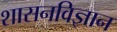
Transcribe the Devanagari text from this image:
शासनविज्ञान